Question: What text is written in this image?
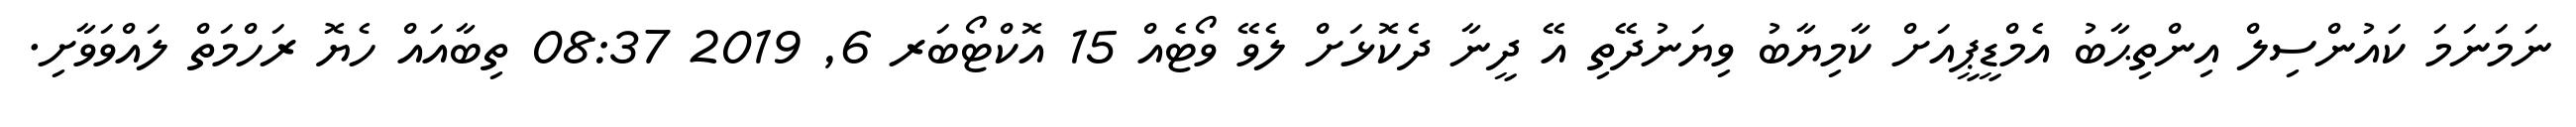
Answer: ނަމަނަމަ ކައުންސިލް އިންތިޙާބު އެމްޑީޕީއަށް ކާމިޔާބު ވިޔަނުދޭތި އޭ ދީނާ ދެކޮޅަށް ލެވޭ ވޯޓެއް 15 އޮކްޓޯބަރ 6, 2019 08:37 ތިބާއައް ހެޔޮ ރަހްމަތް ލައްވަވާށި.